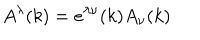
A ^ { \lambda } ( k ) = e ^ { \lambda \nu } ( k ) A _ { \nu } ( k )